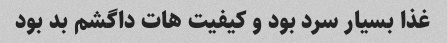
غذا بسیار سرد بود و کیفیت هات داگشم بد بود